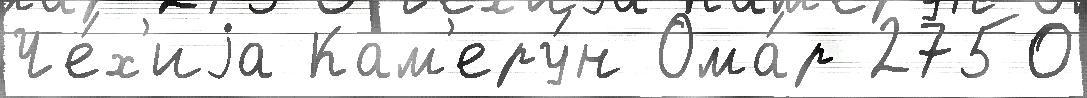
Че́х'иjа Кам'еру́н Ома́р 2750